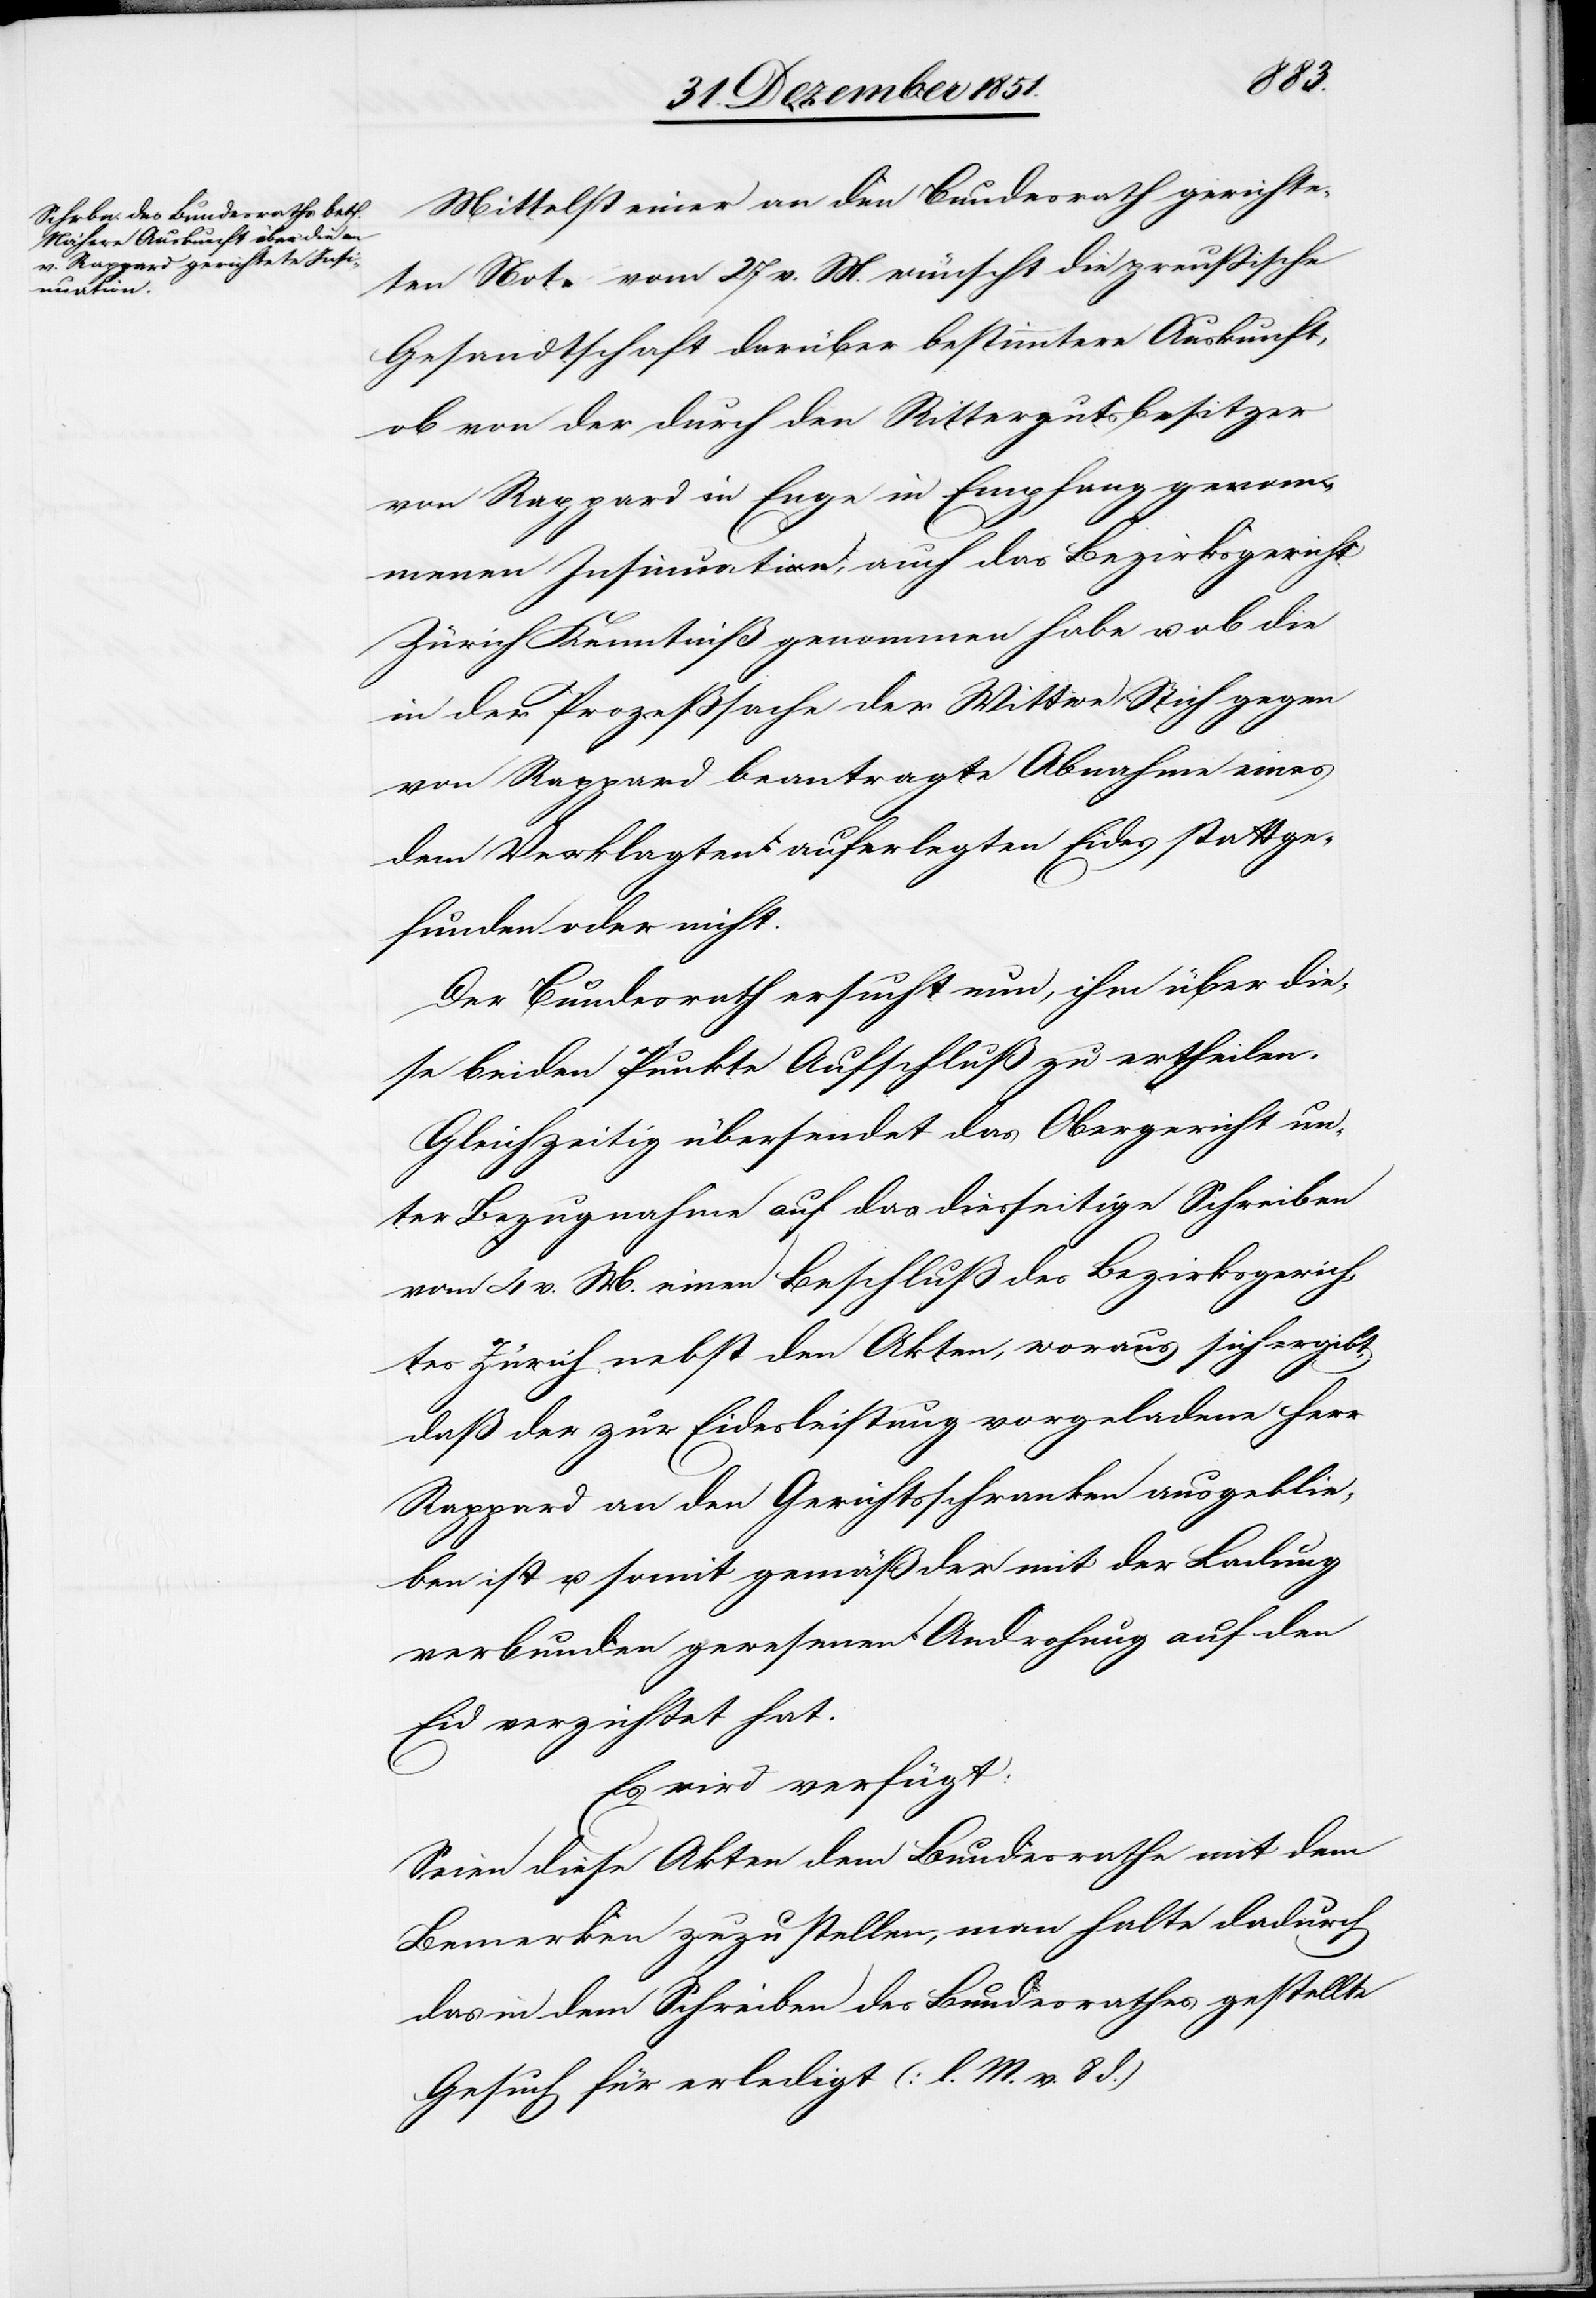
1852.]
Mittelst einer an den Bundesrath gerichte¬
ten Note vom 27 v. M. wünscht die preußische
Gesandtschaft darüber bestimmtere Auskunft,
ob von der durch den Rittergutsbesitzer
von Rappard in Enge in Empfang genom¬
menen Insinuation, auch das Bezirksgericht
Zürich Kenntniß genommen habe u. ob die
in der Prozeßsache der Wittwe Stich gegen
von Rappard beantragte Abnahme eines
dem Verklagten auferlegten Eides stattge¬
funden oder nicht.
Der Bundesrath ersucht nun, ihm über die¬
se beiden Punkte Aufschluß zu ertheilen.
Gleichzeitig übersendet das Obergericht un¬
ter Bezugnahme auf das diesseitige Schreiben
vom 4 v. M. einen Beschluß des Bezirksgerich¬
tes Zürich nebst den Akten, woraus sich ergibt,
daß der zur Eidesleistung vorgeladene Herr
Rappard an den Gerichtsschranken ausgeblie¬
ben ist u. somit gemäß der mit der Ladung
verbunden gewesenen Androhung auf den
Eid verzichtet hat.
Es wird verfügt:
Seien diese Akten dem Bundesrathe mit dem
Bemerken zuzustellen, man halte dadurch
das in dem Schreiben des Bundesrathes gestellte
Gesuch für erledigt (l. M. v. 8 d.)